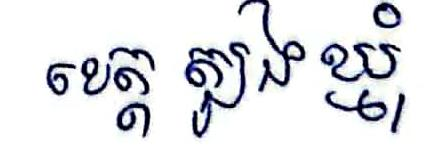
ខេត្តត្បូងឃ្មុំ